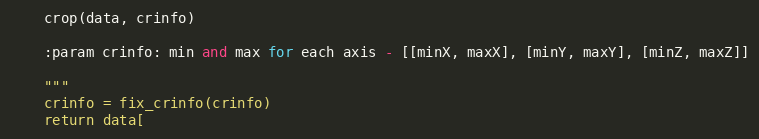
Language: Python
    crop(data, crinfo)

    :param crinfo: min and max for each axis - [[minX, maxX], [minY, maxY], [minZ, maxZ]]

    """
    crinfo = fix_crinfo(crinfo)
    return data[